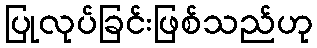
ပြုလုပ်ခြင်းဖြစ်သည်ဟု